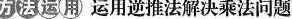
方法运用 运用逆推法解决乘法问题